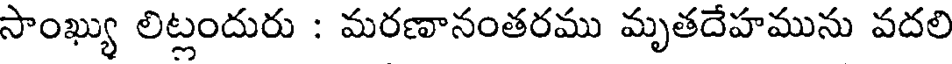
సాంఖ్యు లిట్లందురు : మరణానంతరము మృతదేహమును వదలి